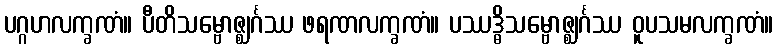
ပဂ္ဂဟလက္ခဏံ။ ပီတိသမ္ဗောဇ္ဈင်္ဂဿ ဖရဏလက္ခဏံ။ ပဿဒ္ဓိသမ္ဗောဇ္ဈင်္ဂဿ ဝူပသမလက္ခဏံ။